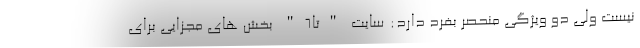
نیست ولی دو ویژگی منحصر بفرد دارد: سایت "تا6" بخش های مجزایی برای